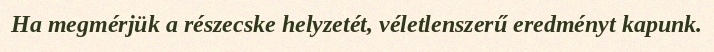
Ha megmérjük a részecske helyzetét, véletlenszerű eredményt kapunk.